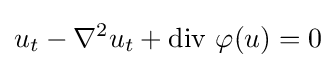
u_{t}-\nabla ^{2}u_{t}+\operatorname {div} \,\varphi (u)=0